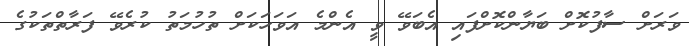
ވަރަށް ސާފުކޮށް ބަޔާންކޮށްފައި އެބަވޭ ވީ އެންމެ އަވަހަކަށް ތުހުމަތު ކުރެވޭ ފަރާތްތަކުގެ